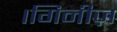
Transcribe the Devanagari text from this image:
।गिनीज़